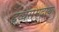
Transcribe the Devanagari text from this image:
द्रव्यसमुदाय